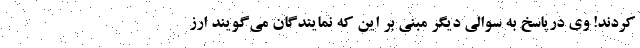
کردند! وی درپاسخ به سوالی دیگر مبنی بر این که نمایندگان می‌گویند ارز